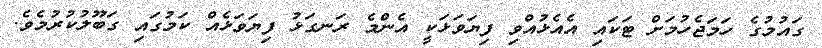
ގައުމުގެ ހަމަޖެހުމަށް ޓަކައި އެއެޅުއްވި ފިޔަވަޅަކީ އެންމެ ރަނގަޅު ފިޔަވަޅެއް ކަމުގައި ގަބޫލުކުރުމެވެ.